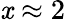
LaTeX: \mathit{x}\approx2